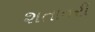
શતાવરી